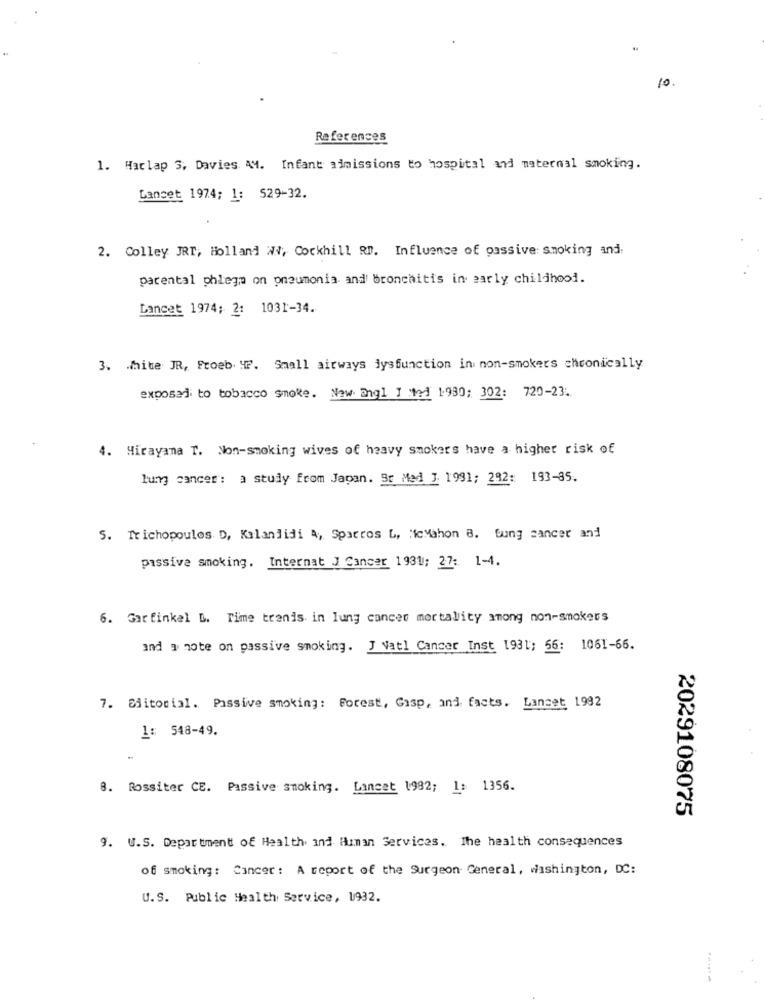
10 .
References
1. Harlap 3, Davies AM. Infant admissions to hospital and maternal smoking.
Lancet 1974; 1: 529-32.
2. Colley JRT, Holland Wi, Cockhill RD. Influence of passive smoking and:
parental phlegm on pneumonia and bronchitis in early childhood.
Lancet 1974; 2: 1031-34.
3. mite JR, Froeb yf. Small airways dysfunction in non-smokers chronically
exposed to tobacco smoke. New angl I Med 1930: 302: 720-23.
4. Hirayana T. Non-smoking wives of heavy smokers have a higher risk of
lung cancer: a study from Japan. Br Med 1. 1991; 292: 193-35.
5. Trichopoulos D, Kalandidi A, Sparros L, "icMahon 8. bung cancer and
passive smoking. Internat J Cancer 1931; 27: 1-4.
6. Gar finkel D. Time tranis in lung cancer mortality among non-smokers
and a note on passive smoking. J Natl Cancer Inst 1931; 56: 1061-66.
7. Siitorial. Passive smoking: Forest, Gasp, and facts. Lancet 1992
1: 548-49.
8. Rossiter CE. Passive smoking. Lancet 1982; 1: 1356.
2029108075
9. U.S. Department of Health and Human Services. The health consequences
of smoking: Cancer: A report of the Surgeon General, washington, DC:
U.S. Public Health Service, 1932.